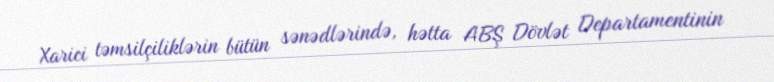
Xarici təmsilçiliklərin bütün sənədlərində, hətta ABŞ Dövlət Departamentinin